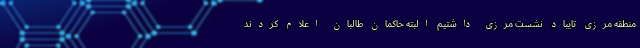
منطقه مرزی تایباد نشست مرزی داشتیم البته حاکمان طالبان اعلام کردند